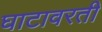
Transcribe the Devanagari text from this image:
घाटावरती